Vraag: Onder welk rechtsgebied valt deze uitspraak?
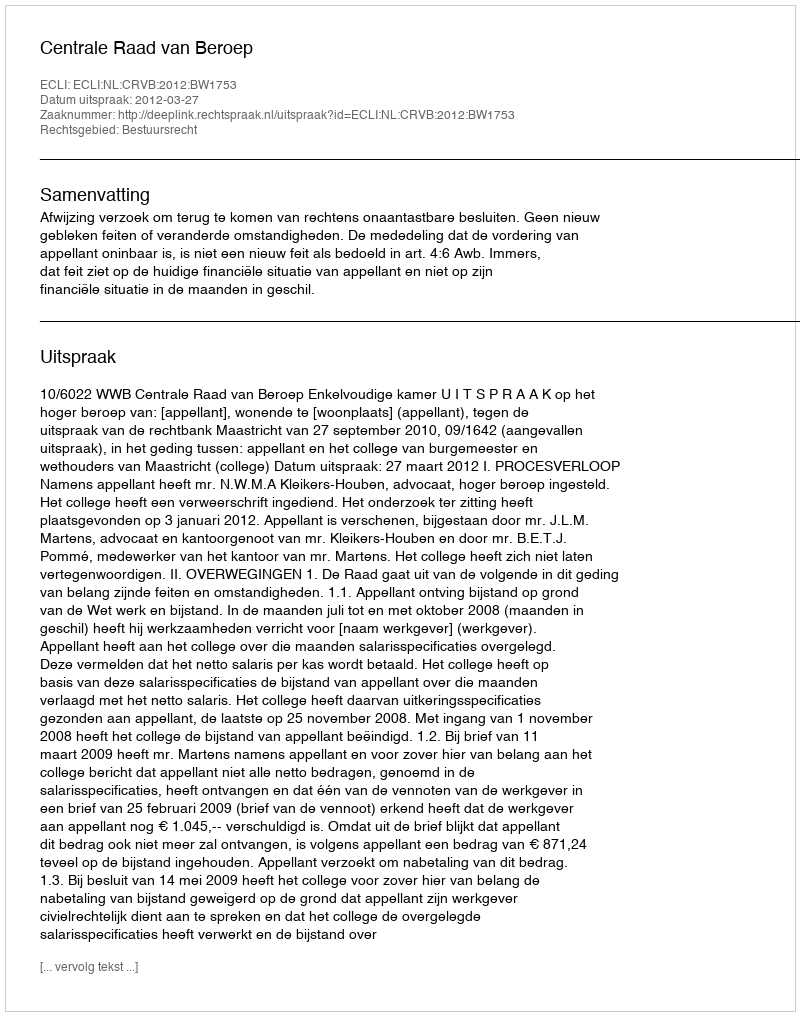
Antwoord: Bestuursrecht